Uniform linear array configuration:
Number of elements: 8
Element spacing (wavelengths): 0.25
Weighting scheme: hamming
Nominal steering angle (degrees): -15
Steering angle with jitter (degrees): -13.813
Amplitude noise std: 0.05
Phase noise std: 0.05

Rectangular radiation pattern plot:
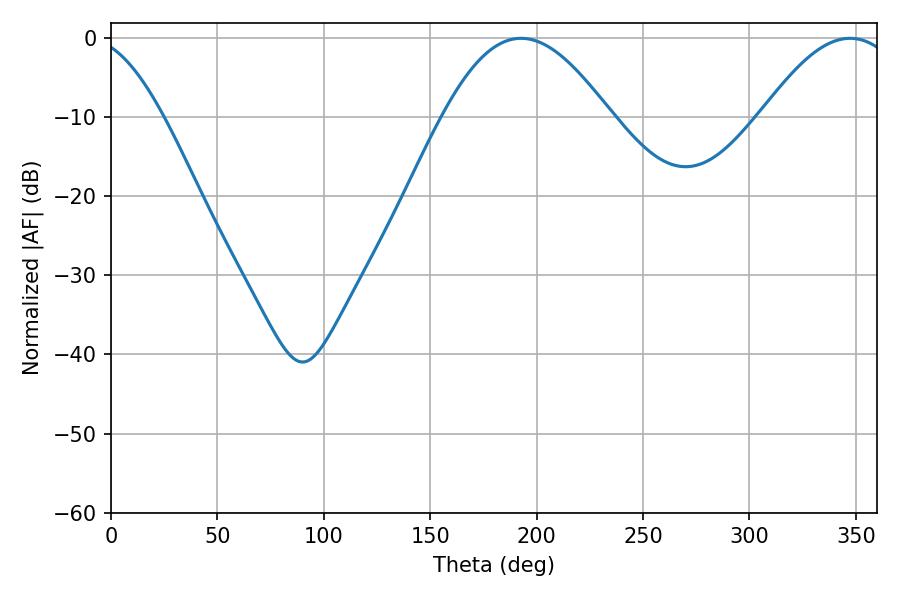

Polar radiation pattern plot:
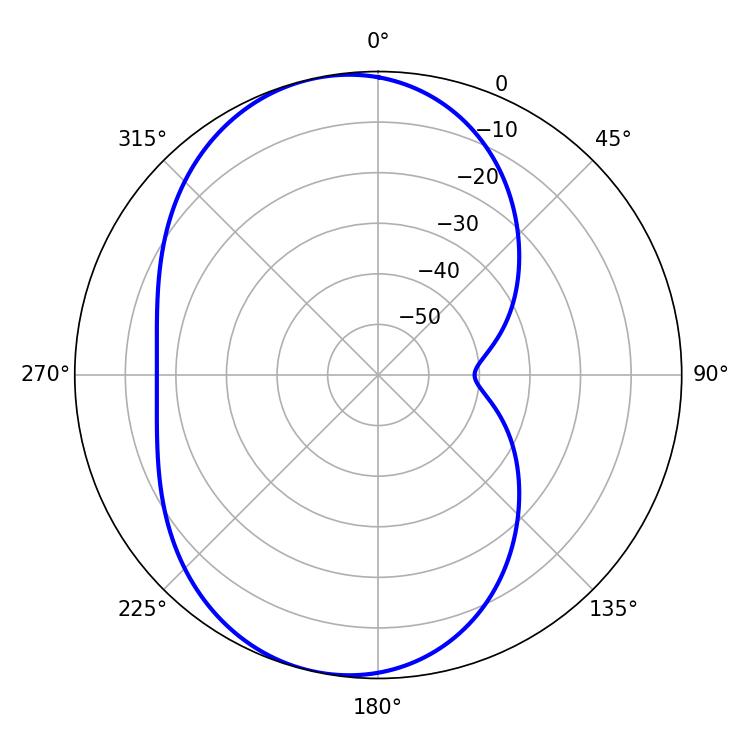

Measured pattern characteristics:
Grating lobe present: FALSE
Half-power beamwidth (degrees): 42.48
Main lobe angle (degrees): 192.78